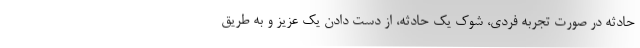
حادثه در صورت تجربه فردی، شوک یک حادثه، از دست دادن یک عزیز و به طریق